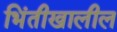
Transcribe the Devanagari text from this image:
भिंतीखालील